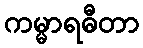
ကမ္မာရဓီတာ